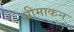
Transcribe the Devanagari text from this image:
सीमाकन